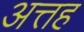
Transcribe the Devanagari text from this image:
अत्तह